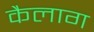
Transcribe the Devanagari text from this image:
कैलाग